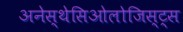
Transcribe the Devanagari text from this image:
अनेस्थेसिओलोजिस्ट्स